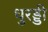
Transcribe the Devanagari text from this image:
धुरड्डी